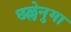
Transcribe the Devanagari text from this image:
छल्लेनुमा